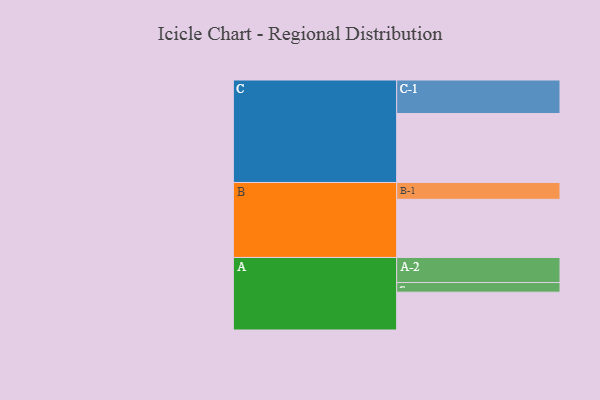
{"axis": {"x": "Segment", "y": "Value"}, "legend": ["", "A", "B", "C"], "data": [{"x": "A", "y": 326, "type": ""}, {"x": "B", "y": 501, "type": ""}, {"x": "C", "y": 594, "type": ""}, {"x": "A-1", "y": 83, "type": "A"}, {"x": "A-2", "y": 216, "type": "A"}, {"x": "B-1", "y": 145, "type": "B"}, {"x": "C-1", "y": 289, "type": "C"}]}